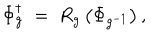
\Phi _ { g } ^ { \dagger } \; = \; R _ { g } \left( \Phi _ { g ^ { - 1 } } \right) ,